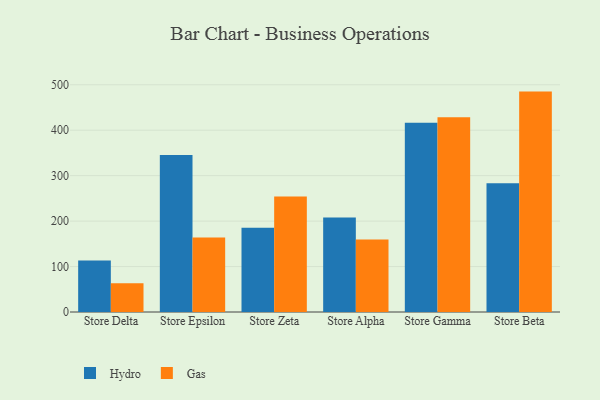
{"axis": {"x": "Store", "y": "Inventory Turnover"}, "legend": ["Gas", "Hydro"], "data": [{"x": "Store Delta", "y": 113.3, "type": "Hydro"}, {"x": "Store Delta", "y": 63.0, "type": "Gas"}, {"x": "Store Epsilon", "y": 345.5, "type": "Hydro"}, {"x": "Store Epsilon", "y": 164.1, "type": "Gas"}, {"x": "Store Zeta", "y": 185.5, "type": "Hydro"}, {"x": "Store Zeta", "y": 254.0, "type": "Gas"}, {"x": "Store Alpha", "y": 208.2, "type": "Hydro"}, {"x": "Store Alpha", "y": 159.3, "type": "Gas"}, {"x": "Store Gamma", "y": 416.2, "type": "Hydro"}, {"x": "Store Gamma", "y": 428.4, "type": "Gas"}, {"x": "Store Beta", "y": 283.1, "type": "Hydro"}, {"x": "Store Beta", "y": 485.0, "type": "Gas"}]}